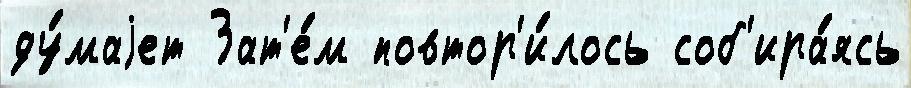
ду́маjет Зат'е́м повтор'и́лось соб'ира́ясь